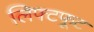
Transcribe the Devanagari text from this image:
लिफ्टफूट